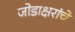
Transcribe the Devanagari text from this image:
जोडाक्षरांचे